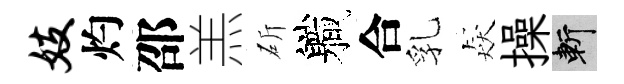
妓灼邵羔斫軄合乳猋操斬